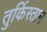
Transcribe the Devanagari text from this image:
तुर्किस्‍तान